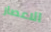
الاعصار